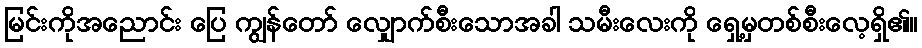
မြင်းကိုအညောင်း ပြေ ကျွန်တော် လျှောက်စီးသောအခါ သမီးလေးကို ရှေ့မှတစ်စီးလေ့ရှိ၏။